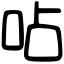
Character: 呫